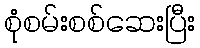
စုံစမ်းစစ်ဆေးပြီး